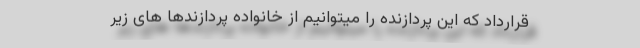
قرارداد که این پردازنده را میتوانیم از خانواده پردازندها های زیر